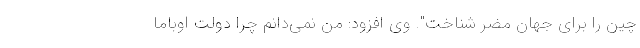
چین را برای جهان مضر شناخت". وی افزود: من نمی‌دانم چرا دولت اوباما